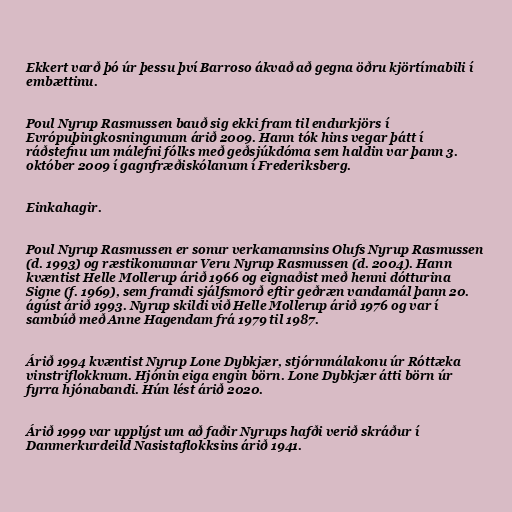
Ekkert varð þó úr þessu því Barroso ákvað að gegna öðru kjörtímabili í
embættinu.

Poul Nyrup Rasmussen bauð sig ekki fram til endurkjörs í
Evrópuþingkosningunum árið 2009. Hann tók hins vegar þátt í
ráðstefnu um málefni fólks með geðsjúkdóma sem haldin var þann 3.
október 2009 í gagnfræðiskólanum í Frederiksberg.

Einkahagir.

Poul Nyrup Rasmussen er sonur verkamannsins Olufs Nyrup Rasmussen
(d. 1993) og ræstikonunnar Veru Nyrup Rasmussen (d. 2004). Hann
kvæntist Helle Mollerup árið 1966 og eignaðist með henni dótturina
Signe (f. 1969), sem framdi sjálfsmorð eftir geðræn vandamál þann 20.
ágúst árið 1993. Nyrup skildi við Helle Mollerup árið 1976 og var í
sambúð með Anne Hagendam frá 1979 til 1987.

Árið 1994 kvæntist Nyrup Lone Dybkjær, stjórnmálakonu úr Róttæka
vinstriflokknum. Hjónin eiga engin börn. Lone Dybkjær átti börn úr
fyrra hjónabandi. Hún lést árið 2020.

Árið 1999 var upplýst um að faðir Nyrups hafði verið skráður í
Danmerkurdeild Nasistaflokksins árið 1941.